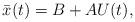
LaTeX: \begin{align*} \bar{x}(t) = B + AU(t), \end{align*}